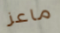
ماعز